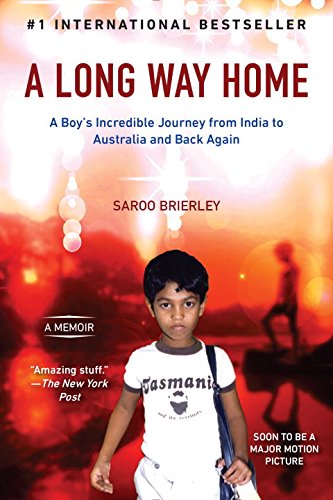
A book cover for A Long Way Home: A Memoir; Saroo Brierley; Biographies & Memoirs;